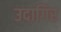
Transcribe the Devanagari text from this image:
उदागिर